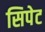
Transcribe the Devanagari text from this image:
सिपेट